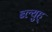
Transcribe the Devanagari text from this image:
ब्ल्युह्